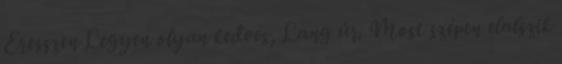
Eresszen Legyen olyan kedves, Lang úr. Most szépen elalszik